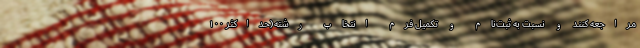
مراجعه کنند و نسبت به ثبت‌نام و تکمیل فرم انتخاب رشته(حداکثر ۱۰۰